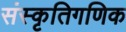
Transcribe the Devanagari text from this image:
संस्कृतिगणिक